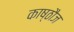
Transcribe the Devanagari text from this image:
काष्ठौज